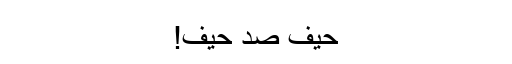
حیف صد حیف!